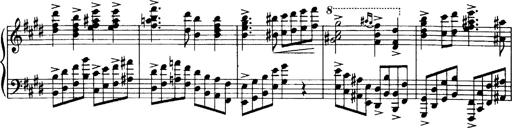
Title: OuvertÃ¼re zu TannhÃ¤user
Composer: Franz Liszt